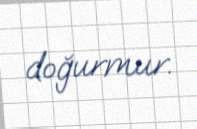
doğurmur.